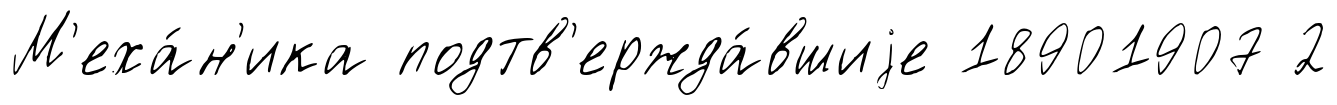
М'еха́н'ика подтв'ержда́вшиjе 18901907 2